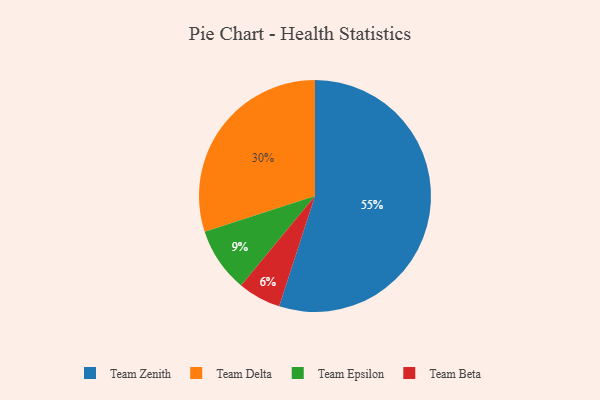
{"axis": {"x": "Category", "y": "Percentage"}, "legend": ["Team Beta", "Team Delta", "Team Epsilon", "Team Zenith"], "data": [{"x": "Team Beta", "y": 6, "type": "Team Beta"}, {"x": "Team Delta", "y": 30, "type": "Team Delta"}, {"x": "Team Epsilon", "y": 9, "type": "Team Epsilon"}, {"x": "Team Zenith", "y": 55, "type": "Team Zenith"}]}